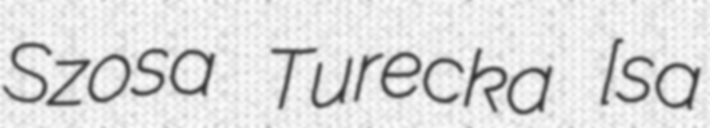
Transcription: Szosa Turecka [ˈʂɔsa